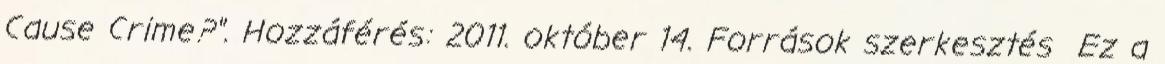
Cause Crime?". Hozzáférés: 2011. október 14. Források szerkesztés Ez a